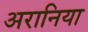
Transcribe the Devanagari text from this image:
अरानिया